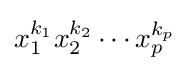
x_{1}^{k_{1}}x_{2}^{k_{2}}\cdots x_{p}^{k_{p}}